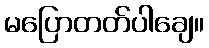
မပြောတတ်ပါချေ။